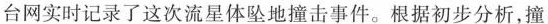
台网实时记录了这次流星体坠地撞击事件。根据初步分析，撞